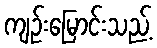
ကျဉ်းမြောင်းသည့်